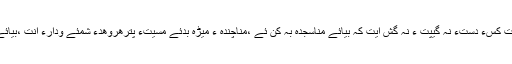
مَسیّت وت پہ شمانہ اِت ءُُ مَسیّت کَسءَ دَستءَ نہ گِیپت ءُُ نہ گُش اِیت کہ بیائے مناسُجدہ بہ کن ئے ،مناچندہ ءُُ مِیڑہ بَدئے مَسیّتءِ پَترھروھدءَ شُمئے ودارءَ اِنت ،بیائے وتی ربءِ ابادتءَ بہ کن اِت۔